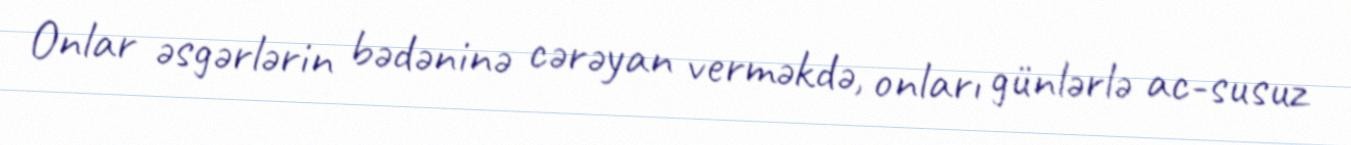
Onlar əsgərlərin bədəninə cərəyan verməkdə, onları günlərlə ac-susuz